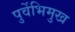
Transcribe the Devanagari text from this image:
पुर्वेभिमुख